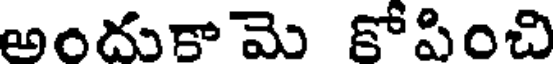
అందుకామె కోపించి